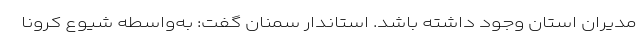
مدیران استان وجود داشته باشد. استاندار سمنان گفت: به‌واسطه شیوع کرونا